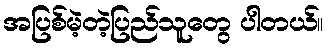
အပြစ်မဲ့တဲ့ပြည်သူတွေ ပါတယ်။